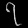
Digit: ၇